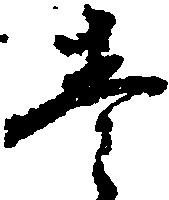
壱